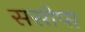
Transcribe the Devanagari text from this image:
ससोपा